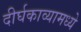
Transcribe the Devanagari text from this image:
दीर्घकाव्यामध्ये